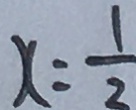
x = \frac { 1 } { 2 }